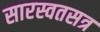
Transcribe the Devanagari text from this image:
सारस्वतसत्र